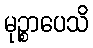
မုဉ္စာပေသိ